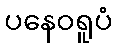
ပနေဝရူပံ